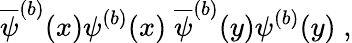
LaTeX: \overline{{{\psi}}}^{(b)}(x)\psi^{(b)}(x)\; \overline{{{\psi}}}^{(b)}(y)\psi^{(b)}(y)\; ,